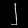
Digit: ၂